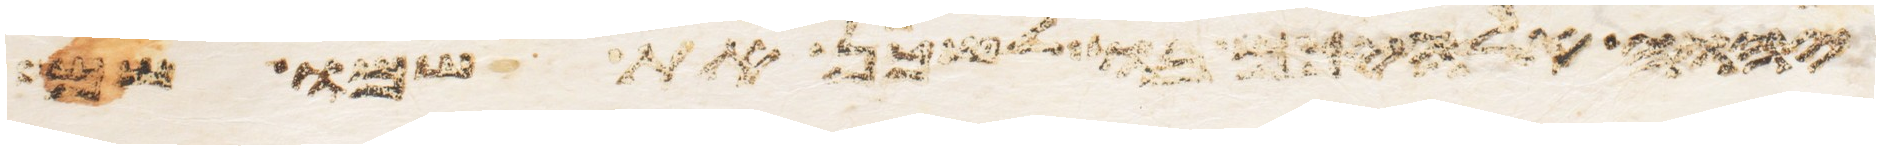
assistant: יהוה אלהיך לשכן את שמו שם